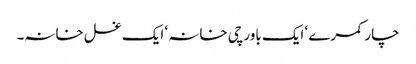
چار کمرے ‘ ایک باورچی خانہ ‘ ایک غسل خانہ۔